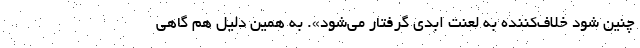
چنین شود خلاف‌کننده به لعنت ابدی گرفتار می‌شود». به همین دلیل هم گاهی